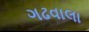
ગઢવાલા